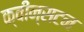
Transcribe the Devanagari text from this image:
क्वीन्सटन